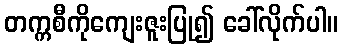
တက္ကစီကိုကျေးဇူးပြု၍ ခေါ်လိုက်ပါ။